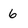
Character: 6